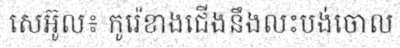
សេអ៊ូល៖ កូរ៉េខាងជើងនឹងលះបង់ចោល